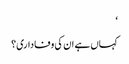
‘
کہاں ہے ان کی وفاداری؟